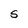
Character: S